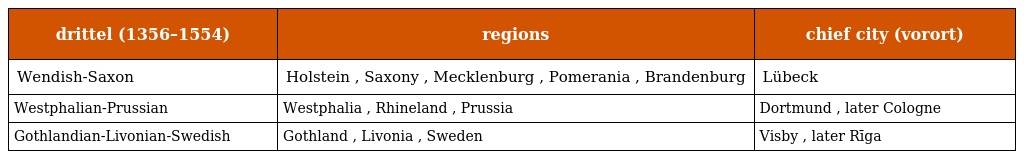
| drittel (1356–1554) | regions | chief city (vorort) |
 | --- | --- | --- |
 | Wendish-Saxon | Holstein , Saxony , Mecklenburg , Pomerania , Brandenburg | Lübeck |
 | Westphalian-Prussian | Westphalia , Rhineland , Prussia | Dortmund , later Cologne |
 | Gothlandian-Livonian-Swedish | Gothland , Livonia , Sweden | Visby , later Rīga |